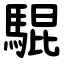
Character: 騉